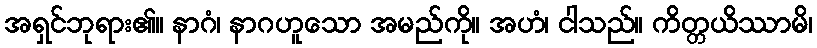
အရှင်ဘုရား၏။ နာဂံ၊ နာဂဟူသော အမည်ကို။ အဟံ၊ ငါသည်။ ကိတ္တယိဿာမိ၊